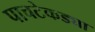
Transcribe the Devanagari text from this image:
पाचटेकड्या